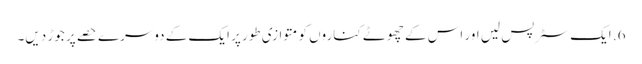
6. ایک سٹرپس لیں اور اس کے چھوٹے کناروں کو متوازی طور پر ایک کے دوسرے حصے پر جوڑ دیں۔